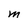
Character: M